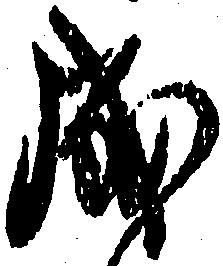
成